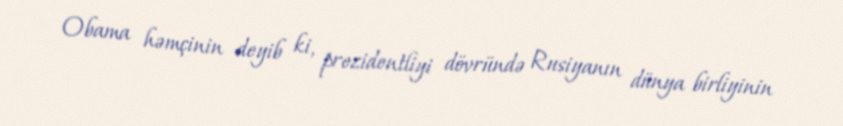
Obama həmçinin deyib ki, prezidentliyi dövründə Rusiyanın dünya birliyinin